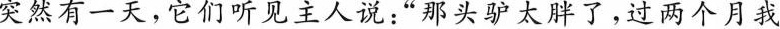
突然有一天，它们听见主人说：”那头驴太胖了，过两个月我